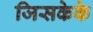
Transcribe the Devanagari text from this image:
जिसकेके